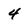
Character: 4